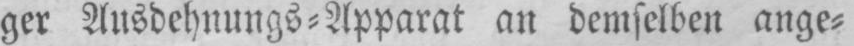
ger Ausdehnungs⸗Apparat an demselben ange⸗